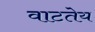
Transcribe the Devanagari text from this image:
वाटतेय